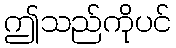
ဤသည်ကိုပင်